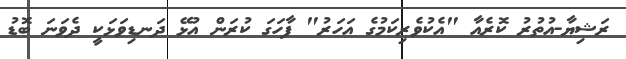
ރަޝިޔާ-އުތުރު ކޮރެއާ "އެކުވެރިކަމުގެ އަހަރު" ފާހަގަ ކުރަން އުޅޭ ދަނޑިވަޅަކީ ދެވަނަ ބޮޑު